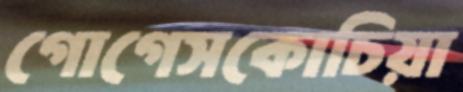
গোগেসকোচিয়া